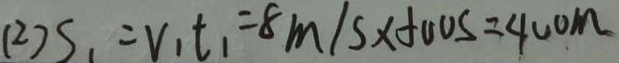
( 2 ) S _ { 1 } = V _ { 1 } t _ { 1 } = 8 m / s \times 5 0 0 s = 4 0 0 m